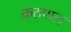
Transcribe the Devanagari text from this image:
कठपाल